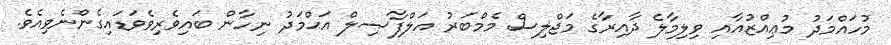
މުހައްމަދު މުޢިއްޒުއާއި ވިލިމާލެ ދާއިރާގެ މަޖްލިސް މެމްބަރު އަލްފާޞިލް އަޙްމަދު ނިހާން ބައިވެރިވެވަޑައިގެންނެވިއެވެ.